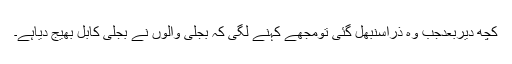
کچھ دیربعدجب وہ ذراسنبھل گئی تومجھے کہنے لگی کہ بجلی والوں نے بجلی کابل بھیج دیاہے۔